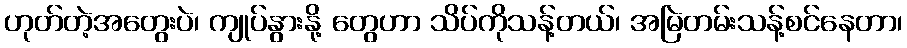
ဟုတ်တဲ့အတွေးပဲ၊ ကျုပ်နွားနို့ တွေဟာ သိပ်ကိုသန့်တယ်၊ အမြဲတမ်းသန့်စင်နေတာ၊